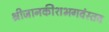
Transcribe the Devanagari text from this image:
श्रीजानकीशभगवंस्तव